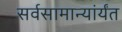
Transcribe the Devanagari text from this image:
सर्वसामान्यांर्यंत